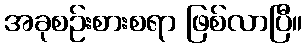
အခုစဉ်းစားစရာ ဖြစ်လာပြီ။